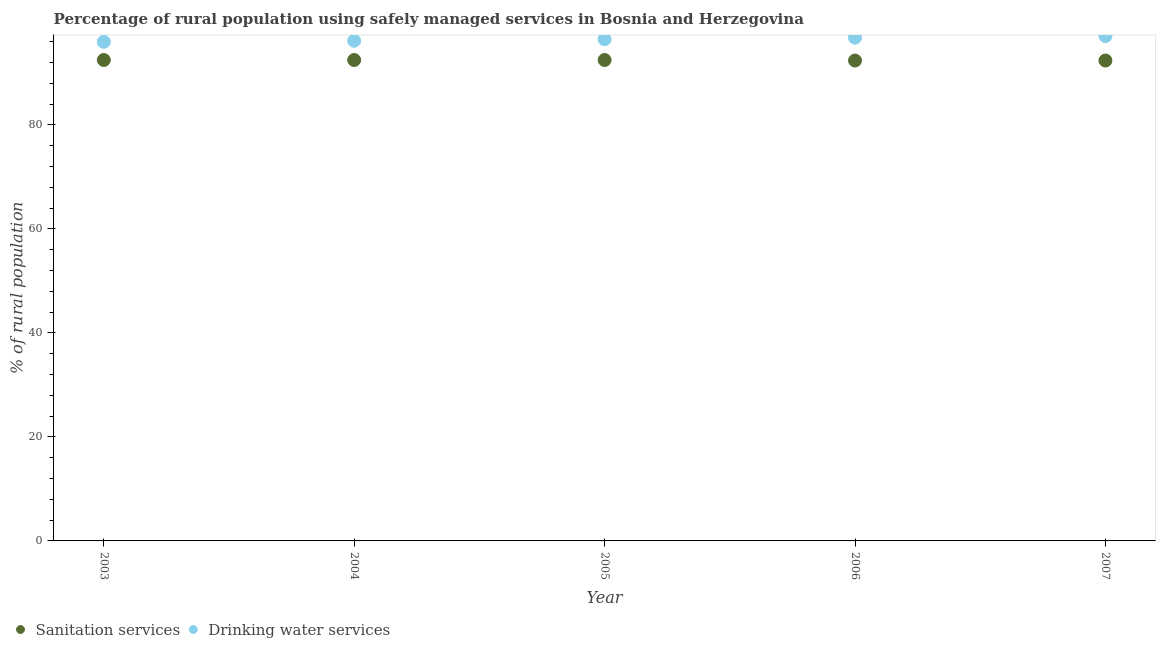
| Year | Sanitation services | Drinking water services |
 | --- | --- | --- |
 | 2003 | 92.5 | 96 |
 | 2004 | 92.5 | 96.2 |
 | 2005 | 92.5 | 96.5 |
 | 2006 | 92.4 | 96.8 |
 | 2007 | 92.4 | 97.1 |